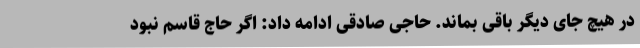
در هیچ جای دیگر باقی بماند. حاجی صادقی ادامه داد: اگر حاج قاسم نبود